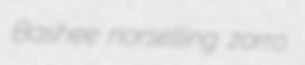
Bashee norselling zorro